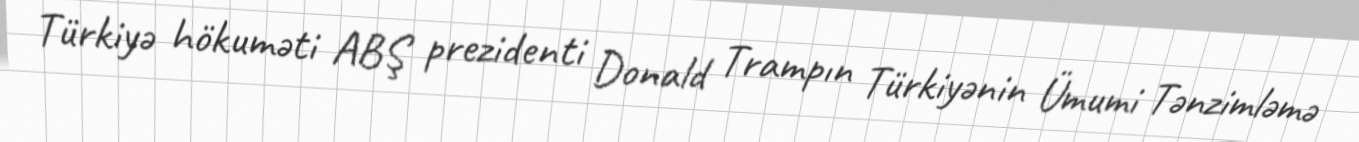
Türkiyə hökuməti ABŞ prezidenti Donald Trampın Türkiyənin Ümumi Tənzimləmə